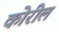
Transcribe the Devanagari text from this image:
कोरील